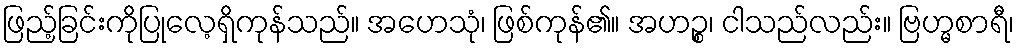
ဖြည့်ခြင်းကိုပြုလေ့ရှိကုန်သည်။ အဟေသုံ၊ ဖြစ်ကုန်၏။ အဟဉ္စ၊ ငါသည်လည်း။ ဗြဟ္မစာရီ၊